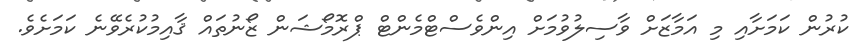
ކުރުން ކަމަށާއި މި އަމާޒަށް ވާސިލުވުމަށް އިންވެސްޓްމެންޓް ޕްރޮމޯޝަން ޒޯނުތައް ޤާއިމުކުރެވޭނެ ކަމަށެވެ.